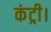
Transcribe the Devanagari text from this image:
कंट्री।